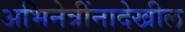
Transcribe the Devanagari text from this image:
अभिनेत्रींनादेखील